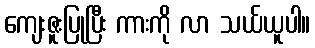
ကျေးဇူးပြုပြီး ကားကို လာ သယ်ယူပါ။